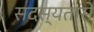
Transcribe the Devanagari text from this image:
सदस्यतासे